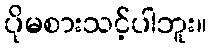
ပိုမစားသင့်ပါဘူး။